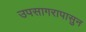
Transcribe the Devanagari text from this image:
उपसागरापासुन